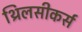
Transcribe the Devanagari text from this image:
थ्रिलसीकर्स